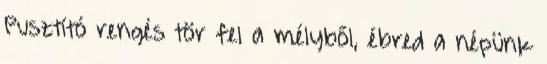
Pusztító rengés tör fel a mélyből, ébred a népünk